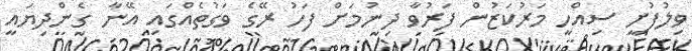
ވިލުފުށީ ސިއްހީ މަރުކަޒުން ފަރުވާ ދިނުމަށް ފަހު ރޭގެ ވަގުތެއްގައި އޭނާ ގެންދިޔައީ